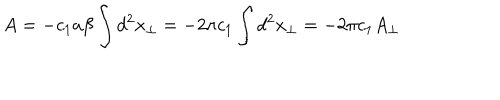
LaTeX: A = - c _ { 1 } a \beta \int d ^ { 2 } x _ { \perp } = - 2 \pi c _ { 1 } \int d ^ { 2 } x _ { \perp } = - 2 \pi c _ { 1 } A _ { \perp }